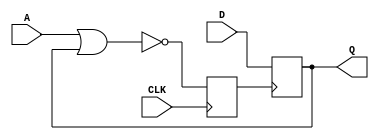
//
/*1.
    
  2.
    
  3.
*/
module AMOD(D,A,CLK,Q); //
 	input A,D,CLK;
	output Q;
	reg Q,Q1;
	//1
	always @(posedge CLK)
	begin 
		Q1 = ~(A | Q);
	end
	//21
	always @(posedge Q1)
	begin
		Q = D;
	end
endmodule